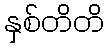
နှစ်တိတိ